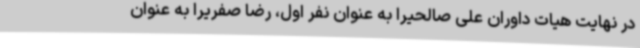
در نهایت هیات داوران علی صالحیرا به عنوان نفر اول، رضا صفریرا به عنوان